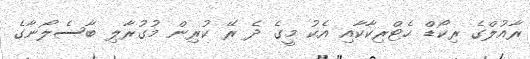
ރާއުލްގެ ރިކޯޑް ހެޓްރިކާކާއި އެކު މީގެ ދެ ރޭ ކުރިން މުގުރާލި ބާސެލޯނާގެ